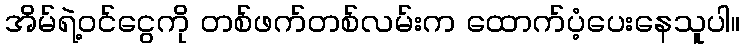
အိမ်ရဲ့ဝင်ငွေကို တစ်ဖက်တစ်လမ်းက ထောက်ပံ့ပေးနေသူပါ။